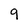
Character: 9